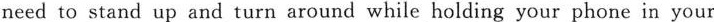
You need to stand up and turn around while holding your phone in your